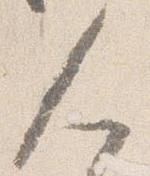
人